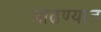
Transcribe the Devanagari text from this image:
ओढण्यात